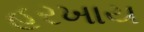
હરખાય